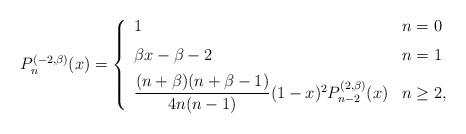
LaTeX: \begin{align*}P_{n}^{(-2,\beta)}(x)=\left\{\begin{array}[c]{ll}1 & n=0\medskip\\\beta x-\beta-2 & n=1\medskip\\\dfrac{(n+\beta)(n+\beta-1)}{4n(n-1)}(1-x)^{2}P_{n-2}^{(2,\beta)}(x) &n\geq2,\end{array}\right. \end{align*}